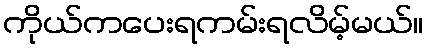
ကိုယ်ကပေးရကမ်းရလိမ့်မယ်။